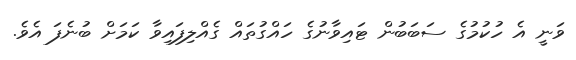
ވަނީ އެ ހުކުމުގެ ސަބަބުން ޓައިވާނުގެ ހައްގުތައް ގެއްލިފައިވާ ކަމަށް ބުނެފަ އެވެ.